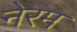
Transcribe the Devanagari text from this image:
नेरम